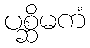
ပစ္ဆိမကံ